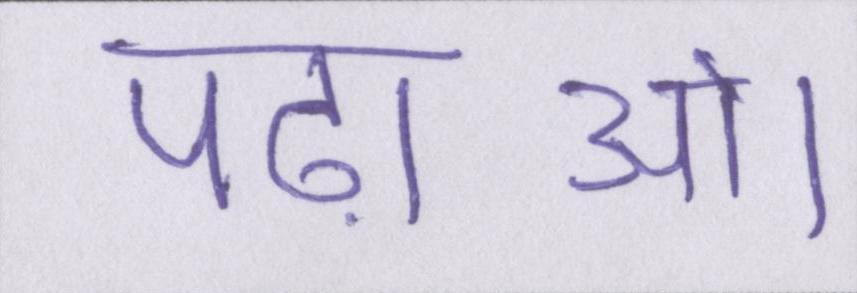
पढ़ाओ।